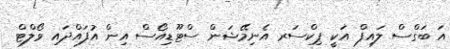
އަ ބަގްސް ލައިފް އަކީ ޕިކްސަރ އެނިމޭޝަން ސްޓޫޑިއޯސް އިން އުފައްދައި ވޯލްޓް